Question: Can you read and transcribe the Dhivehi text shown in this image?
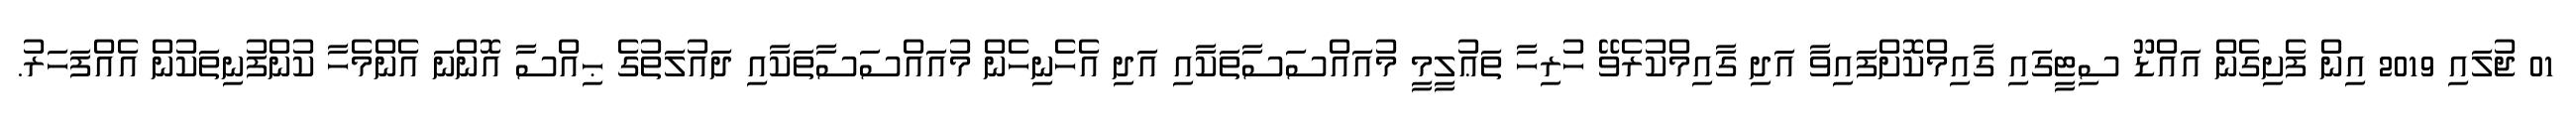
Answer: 01 ޖުލައި 2019 އިން ފެށިގެން އައްޑޫ ސިޓީގައި ގާއިމްކޮށްފައިވާ އަދި ގާއިމްކުރެވޭ ހުރިހާ ތަޢުލީމީ މުއައްސަސާތަކާއި އަދި އެހެނިހެން މުއައްސަސާތަކާއި ދައުލަތުގެ ޙިއްސާ އޮންނަ އެންމެހާ ކުންފުނިތަކުން އެއްފަހަރު.